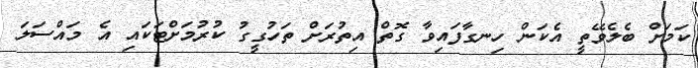
ކަމަށް ބެލެވޭތީ އެކަން ހިނގާފައިވާ ގޮތް އިތުރަށް ތަހުގީގު ކުރުމަށްޓަކައި އެ މައްސަލަ